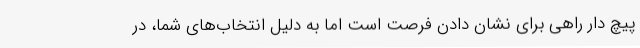
پیچ دار راهی برای نشان دادن فرصت است اما به دلیل انتخاب‌های شما، در